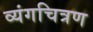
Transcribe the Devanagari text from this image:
व्यंगचित्रण